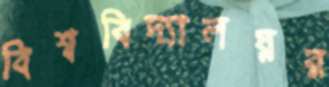
বিশ্ববিদ্যালয়র